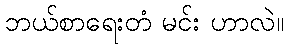
ဘယ်စာရေးတံ မင်း ဟာလဲ။